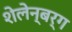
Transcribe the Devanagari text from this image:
शेलेन्बर्ग